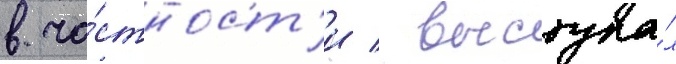
в ча́стност'и / выступа́л